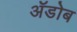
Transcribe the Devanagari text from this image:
ॲडोब